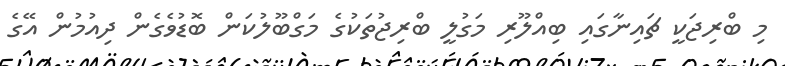
މި ބްރިޖަކީ ޗައިނާގައި ބިއްލޫރި މަގުލީ ބްރިޖުތަކުގެ މަގްބޫލުކަން ބޮޑުވެގެން ދިއުމުން އޭގެ